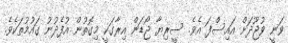
ވަނީ ވުޖޫދަށް އައިސްފަ އެވެ. ސީރިޔާ ޖޯޑަން އިރާގަކީ މިގޮތުން އުފެދުނު ގައުމުތަކެވެ.